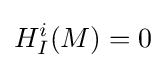
H_{I}^{i}(M)=0